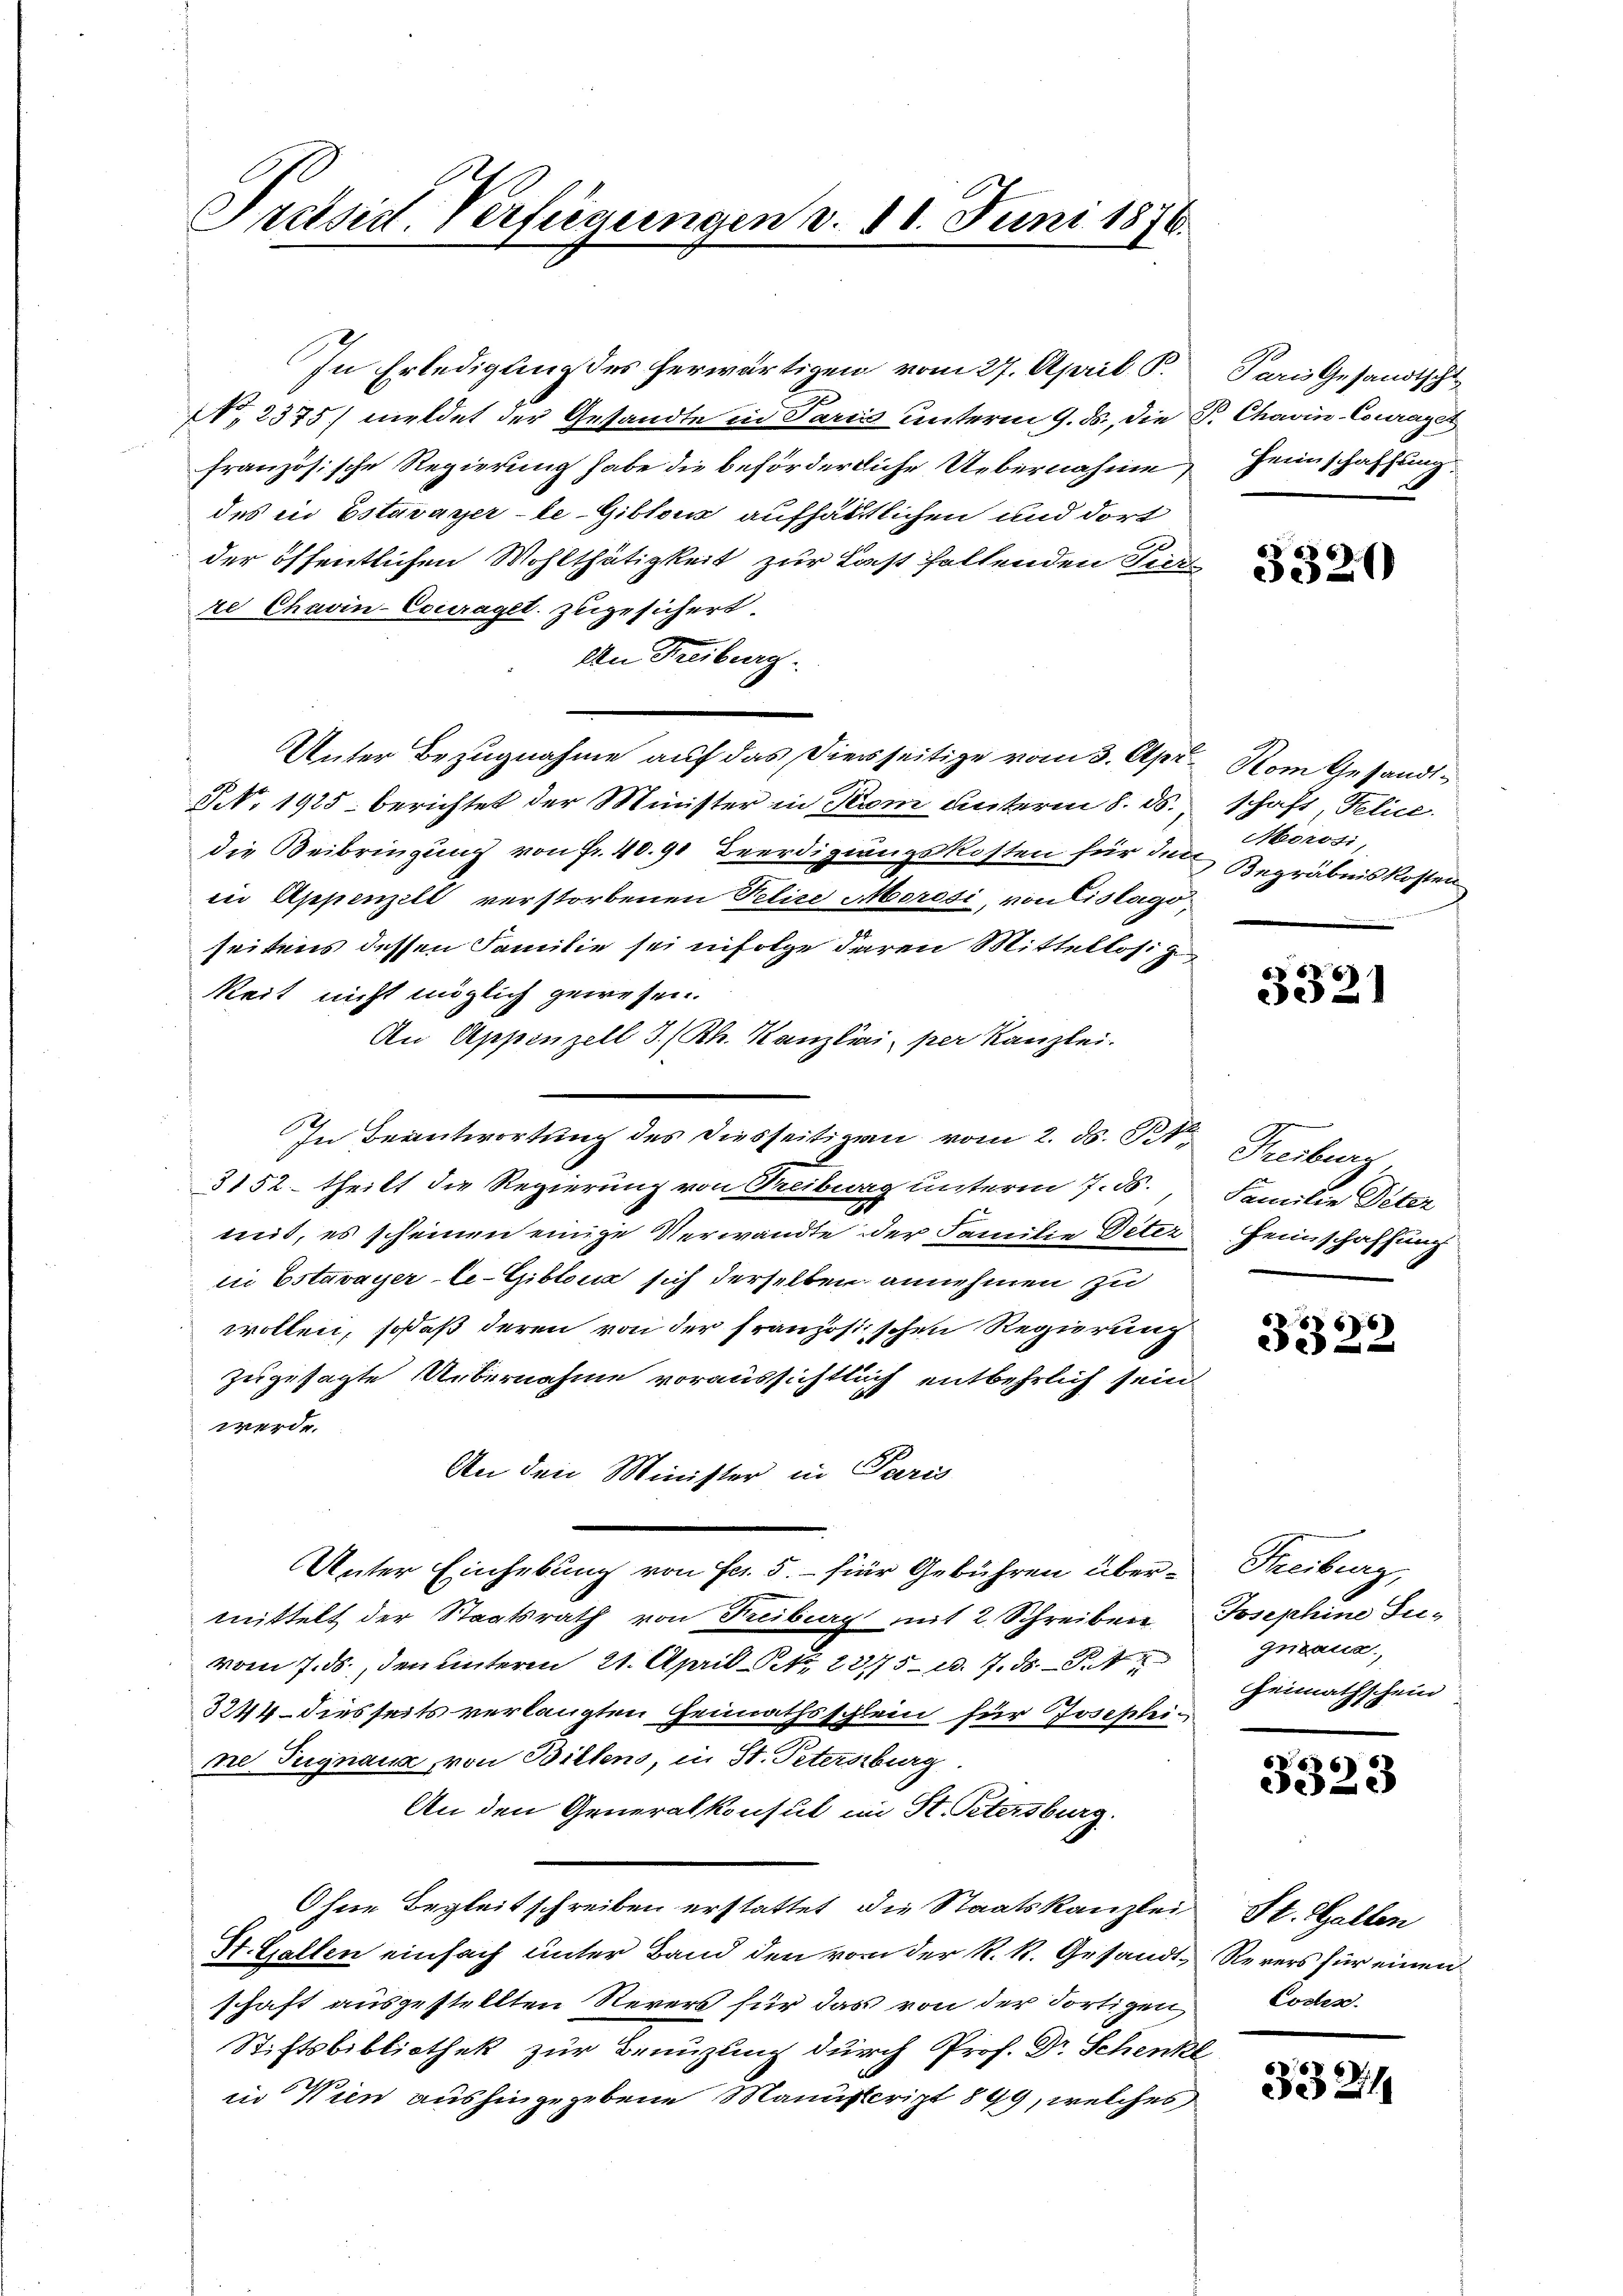
Präsid. Verfügungen v. 18. Juni 1876.

In Erledigung des herwärtigen vom 27. April S.
No. 2375) meldet der Gestandte in Paris unterm 9. ds., die
französische Regierung habe die beförderliche Uebernahme,
des in Estavayer-le-Giblous aufhältlichen und dort
der öffentlichen Wohlthätigkeit zur Last haltenden Tier-
re Chavin-Couraget, zugesichert.
An Freiburg.
Unter Bezugnahme auf das Dienseitige vom 3. Apr
§. 1925 berichtet der Minister in dem unterm 8. ds.
die Beibringung von Fr. 40.90 Beerdigungskosten für den Begräbniskosten
in Appenzell verstorbenen Pelice Morosi, von Lislago,
seitens dessen Familie sei infolge deren Mittellosig
keit nicht möglich gewesen.
An Appenzell I/Rh. Kanzlini, per Kanzlei.
3152 – theilt die Regierung von Treiburg unterm 7. ds.
mit, es scheinen einige Verwandte der Familie Deter
in Estavayer le-Giblenz sich derselben annehmen zu
wollen, sodaß deren von der französischen Regierung
zugesagte Uebernahme voraussichtlich entbehrlich sein
werde.
An den Minister in Paris
Unter Einhebung von Fr. 5.- für Gebühren übermittelt der Staatsrath von Freibung mit 2 Schreiben
vom 7. ds., den unterm 21. April d. 285 d. 7. 4
3244 dies seits verlangten Gennathsschlein für Josepheine Tugnaux, von Billens, in St. Petersburg.
An den Generalkonsul im St. Petersburg.
Ohne Begleitschreiben erstattet, die Staatskanzlei
St. Gallen einfach unter Band den von der R. R. Gesandtschaft ausgestellten Revers für das von der Fortigen,
Stiftsbibliothek zur Benuzling durch Prof. Dr Schenke
in Wien aushingegebene Manuscript 849, welches

In Beantwortung des diesseitigen vom 2. ds. St. Freiburg,

Paris Gesandtscht
2 Chowin-Couraget
Heimschaffung.

3320

Nom Gesandtschaft, Felic
Morosi,

E

3021

Familie Peter
Heimschaffung

6.6
332

Freiburg,
Josephine Jus
guranz,
Heimathschein

3323

St. Gallen
Rerers für einen
Costen.

3324